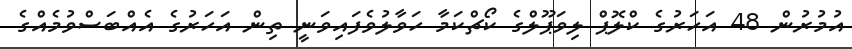
އުމުރުން 48 އަހަރުގެ ކްލޮޕް ލިވަޕޫލްގެ ކޯޗްކަމާ ހަވާލުވެފައިވަނީ ތިން އަހަރުގެ އެއްބަސްވުމެއްގެ